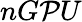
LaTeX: nG\mathcal{P}U